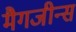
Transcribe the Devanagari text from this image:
मैगजीन्स